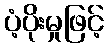
ပံ့ပိုးမှုဖြင့်